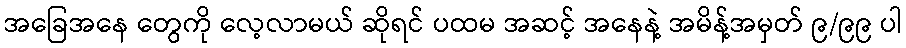
အခြေအနေ တွေကို လေ့လာမယ် ဆိုရင် ပထမ အဆင့် အနေနဲ့ အမိန့်အမှတ် ၉/၉၉ ပါ